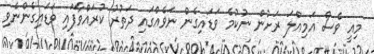
މިއީ ވެސް އަމިއްލަ ރަށުން ނުކުމެ ވަޑައިގެން ނަވެއްގައި ދަތުރު ކުރައްވާފައި ވަޑައިގެންނެވި